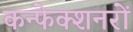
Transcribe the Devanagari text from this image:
कन्फेक्शनरों